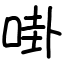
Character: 啩